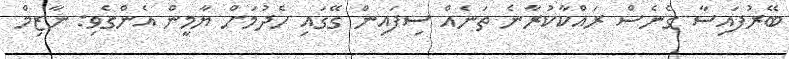
ބޭރުފައިސާ ގެނެސް ރައްކާކުރާނެ ތަނެއް ސިފައިން ގޭގައި ހެދުމަށް ޔާމީން އެންގެވި: ނާޒިމް